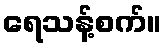
ရေသန့်စက်။